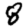
Digit: 8